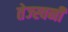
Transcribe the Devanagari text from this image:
तेज्स्वनी